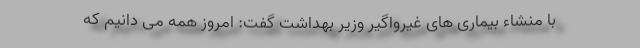
با منشاء بیماری های غیرواگیر وزیر بهداشت گفت: امروز همه می دانیم که